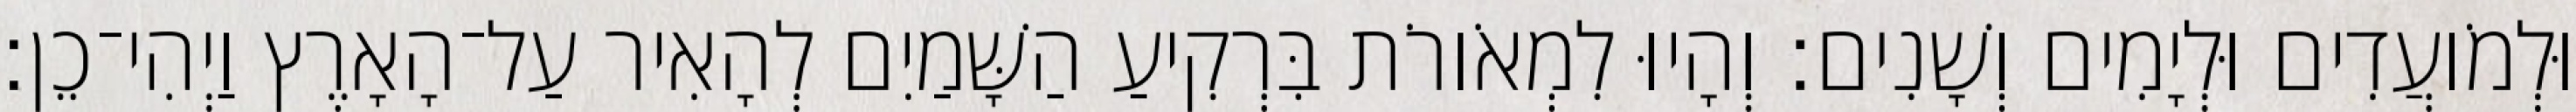
וּלְמֹועֲדִים וּלְיָמִים וְשָׁנִים׃ וְהָיוּ לִמְאֹורֹת בִּרְקִיעַ הַשָּׁמַיִם לְהָאִיר עַל־הָאָרֶץ וַיְהִי־כֵן׃